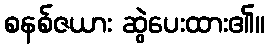
စနစ်ဇယား ဆွဲပေးထား၏။